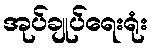
အုပ်ချုပ်ရေးရုံး